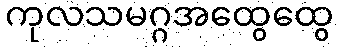
ကုလသမဂ္ဂအထွေထွေ